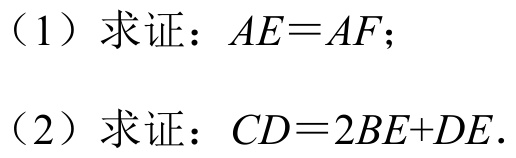
（1）求证：\(AE = AF\);
（2）求证：\(CD = 2BE + DE\).